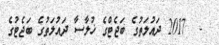
-  2017 ދައުލަތުގެ ބަޖެޓްގެ ޚުލާސާ ދައުލަތުގެ ބަޖެޓުގެ